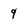
Character: q